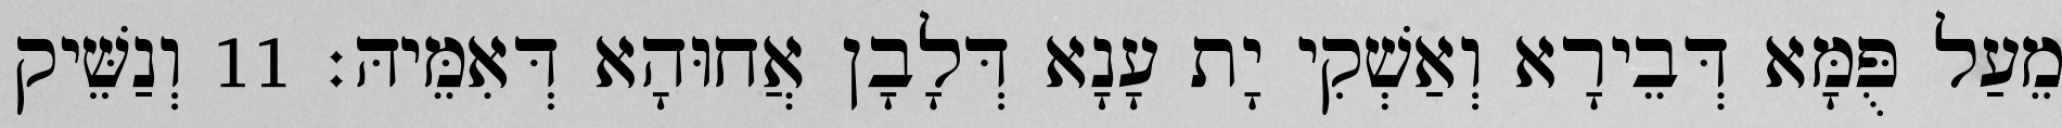
מֵעַל פֻּמָּא דְּבֵירָא וְאַשְׁקִי יָת עָנָא דְּלָבָן אֲחוּהָא דְּאִמֵּיהּ׃ 11 וְנַשֵּׁיק